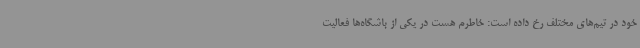
خود در تیم‌های مختلف رخ داده است: خاطرم هست در یکی از باشگاه‌ها فعالیت